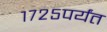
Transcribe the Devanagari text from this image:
१७२५पर्यंत